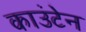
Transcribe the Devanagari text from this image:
काउंटेन